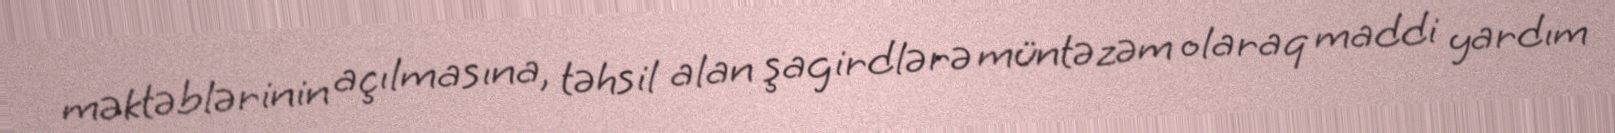
məktəblərinin açılmasına, təhsil alan şagirdlərə müntəzəm olaraq maddi yardım